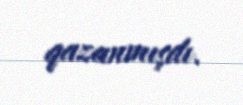
qazanmışdı.